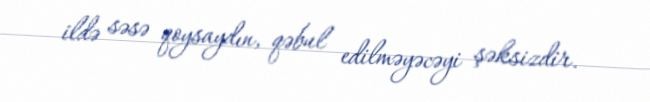
ildə səsə qoysaydın, qəbul edilməyəcəyi şəksizdir.